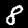
Label: 8